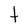
Character: t